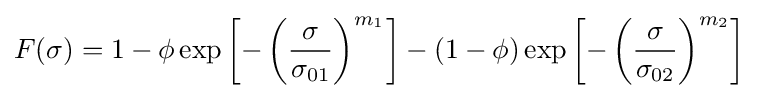
F(\sigma )=1-\phi \exp \left[-\left({\frac {\sigma }{\sigma _{01}}}\right)^{m_{1}}\right]-(1-\phi )\exp \left[-\left({\frac {\sigma }{\sigma _{02}}}\right)^{m_{2}}\right]